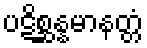
ပဋိစ္ဆန္နမာနတ္တံ